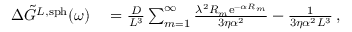
\begin{array} { r l } { \Delta \Tilde { G } ^ { L , \mathrm { s p h } } ( \omega ) } & { { } = \frac { D } { L ^ { 3 } } \sum _ { m = 1 } ^ { \infty } \frac { \lambda ^ { 2 } R _ { m } \mathrm { e } ^ { - \alpha R _ { m } } } { 3 \eta \alpha ^ { 2 } } - \frac { 1 } { 3 \eta \alpha ^ { 2 } L ^ { 3 } } \, , } \end{array}